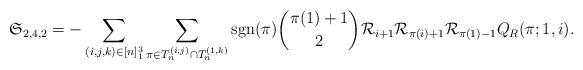
LaTeX: \begin{align*} \mathfrak{S}_{2,4,2} &= -\sum_{(i,j,k)\in [n]_1^3}\sum_{\pi \in T_n^{(i,j)}\cap T_n^{(1,k)}} \mathrm{sgn}(\pi) \binom{\pi(1)+1}{2} \mathcal{R}_{i+1}\mathcal{R}_{\pi(i)+1}\mathcal{R}_{\pi(1)-1} Q_{R}(\pi;1,i). \end{align*}